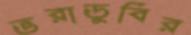
ভরাডুবির